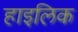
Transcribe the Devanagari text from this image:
हाइलिक